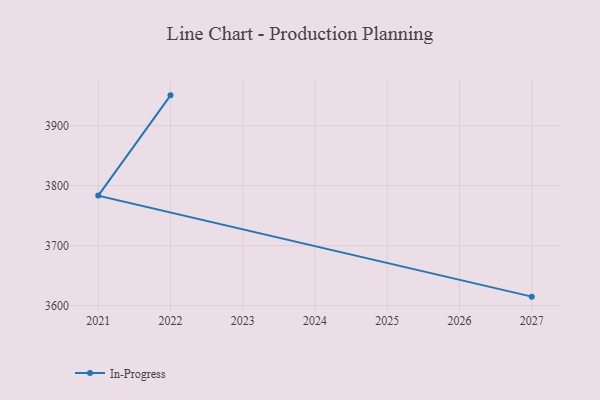
{"axis": {"x": "Year", "y": "Temperature (°C)"}, "legend": ["In-Progress"], "data": [{"x": "2022", "y": 3950.3, "type": "In-Progress"}, {"x": "2021", "y": 3783.3, "type": "In-Progress"}, {"x": "2027", "y": 3615.0, "type": "In-Progress"}]}